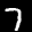
Label: 7